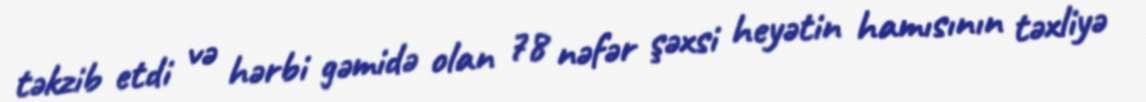
təkzib etdi və hərbi gəmidə olan 78 nəfər şəxsi heyətin hamısının təxliyə